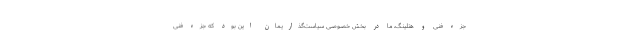
جزء فنی و هتلینگ، ما در بخش خصوصی سیاست‌گذاریمان این بود که جزء فنی